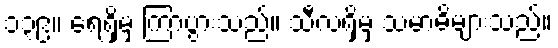
၁၃၉။ ရေရှိမှ ကြာပွားသည်။ သီလရှိမှ သမာဓိများသည်။